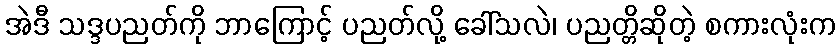
အဲဒီ သဒ္ဒပညတ်ကို ဘာကြောင့် ပညတ်လို့ ခေါ်သလဲ၊ ပညတ္တိဆိုတဲ့ စကားလုံးက